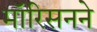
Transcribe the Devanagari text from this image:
मॉरिसनने